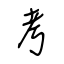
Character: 考